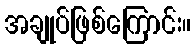
အချုပ်ဖြစ်ကြောင်း။